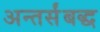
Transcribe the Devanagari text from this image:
अन्तर्संबद्ध